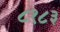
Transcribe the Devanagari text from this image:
८१८३